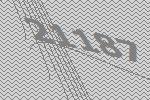
21187